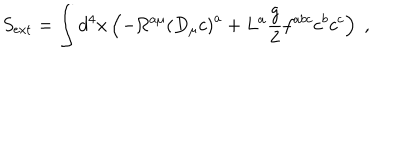
LaTeX: S _ { \mathrm { e x t } } = \int d ^ { 4 } x \left( - \Omega ^ { a \mu } \left( D _ { \mu } c \right) ^ { a } + L ^ { a } \frac { g } { 2 } f ^ { a b c } c ^ { b } c ^ { c } \right) \; ,